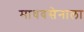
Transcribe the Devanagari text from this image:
माधवसेनाला